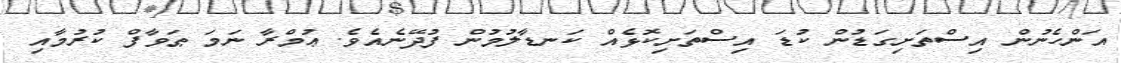
އަންހެނުން އިސްތަށިގަޑުން ކުޑަ އިސްތަށިކޮޅެއް ކަނޑާލުމުން ފުދޭނެއެވެ. ޢުމްރާ ނަމަ ޠަވާފް ކުރުމާއި